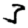
Digit: 3